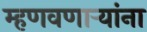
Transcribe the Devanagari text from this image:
म्हणवणार्‍यांना